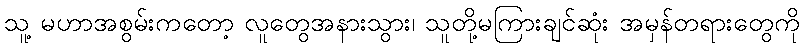
သူ့ မဟာအစွမ်းကတော့ လူတွေအနားသွား၊ သူတို့မကြားချင်ဆုံး အမှန်တရားတွေကို